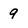
Character: 9